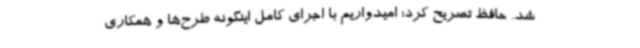
شد. حافظ تصریح کرد: امیدواریم با اجرای کامل اینگونه طرح‌ها و همکاری